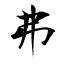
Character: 弗